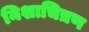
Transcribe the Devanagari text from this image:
निशाचित्रण